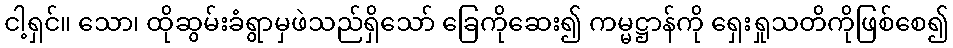
ငါ့ရှင်။ သော၊ ထိုဆွမ်းခံရွာမှဖဲသည်ရှိသော် ခြေကိုဆေး၍ ကမ္မဋ္ဌာန်ကို ရှေးရှုသတိကိုဖြစ်စေ၍